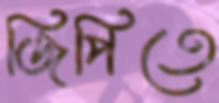
জিপিতে